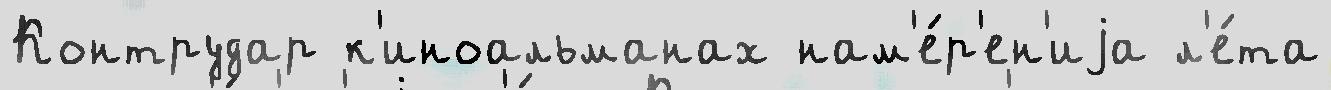
Контрудар к'иноальманах нам'е́р'ен'иjа л'е́та